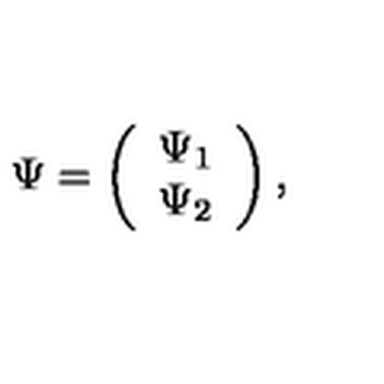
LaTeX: \Psi = \left( \begin{array} { c } { \Psi _ { 1 } } \\ { \Psi _ { 2 } } \\ \end{array} \right) ,